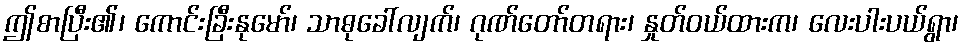
ဤစာပြီး၏၊ ကောင်းခြီးနုမော်၊ သာဓုခေါ်လျက်၊ ဂုဏ်တော်တရား၊ နှုတ်ဝယ်ထားက၊ လေးပါးပယ်ရွာ၊